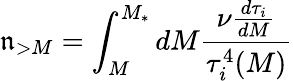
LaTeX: \mathfrak{n}_{>M}=\int_{M}^{M_{*}}dM{\frac{{\nu{\frac{{d\tau_{i}}}{{dM}}}}}{{\tau_{i}^{4}(M)}}}